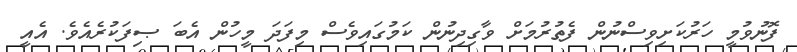
ފޮނުވުމީ ހަރުކަށިވިސްނުން ފެތުރުމަށް ވާގިދިނުން ކަމުގައިވެސް މިފަދަ މީހުން އެބަ ޞިފަކުރެއެވެ. އެއީ